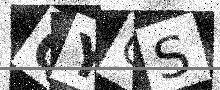
Text: QYQS